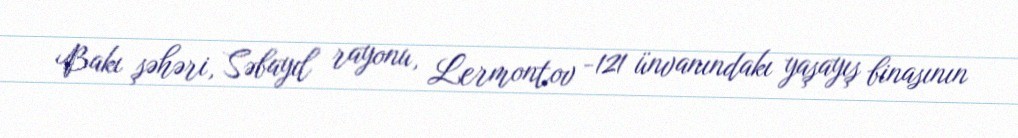
Bakı şəhəri, Səbayıl rayonu, Lermontov -121 ünvanındakı yaşayış binasının